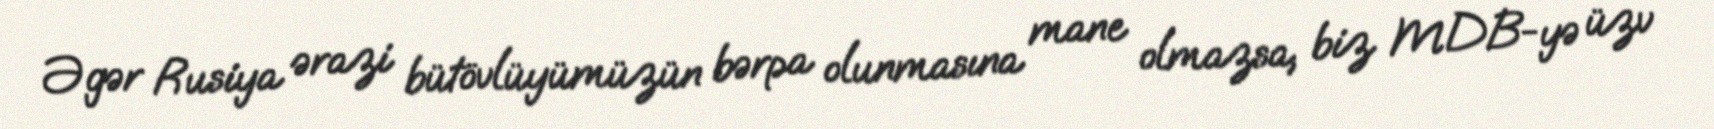
Əgər Rusiya ərazi bütövlüyümüzün bərpa olunmasına mane olmazsa, biz MDB-yə üzv